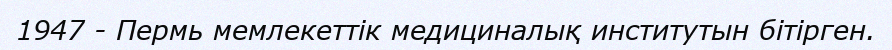
1947 - Пермь мемлекеттік медициналық институтын бітірген.